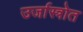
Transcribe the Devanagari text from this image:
उर्जास्त्रोत